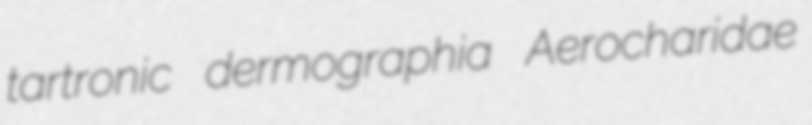
tartronic dermographia Aerocharidae